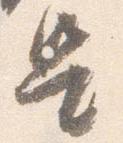
是